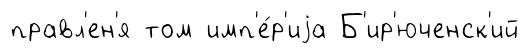
правл'ен'я том имп'е́р'иjа Б'ир'юченск'ий